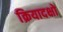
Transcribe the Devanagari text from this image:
क्रियादक्षो